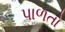
પાળતો